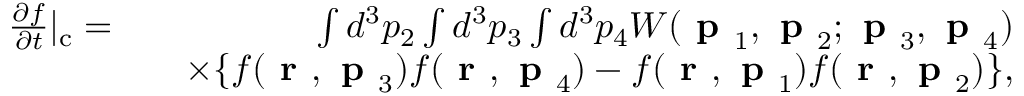
\begin{array} { r l r } { \frac { \partial f } { \partial t } | _ { \mathrm { c } } = } & { } & { \int d ^ { 3 } p _ { 2 } \int d ^ { 3 } p _ { 3 } \int d ^ { 3 } p _ { 4 } W ( \textbf { p } _ { 1 } , \textbf { p } _ { 2 } ; \textbf { p } _ { 3 } , \textbf { p } _ { 4 } ) } \\ & { } & { \times \{ f ( \textbf { r } , \textbf { p } _ { 3 } ) f ( \textbf { r } , \textbf { p } _ { 4 } ) - f ( \textbf { r } , \textbf { p } _ { 1 } ) f ( \textbf { r } , \textbf { p } _ { 2 } ) \} , } \end{array}